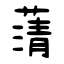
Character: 蔳